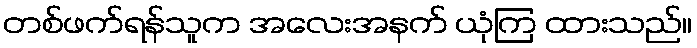
တစ်ဖက်ရန်သူက အလေးအနက် ယုံကြ ထားသည်။